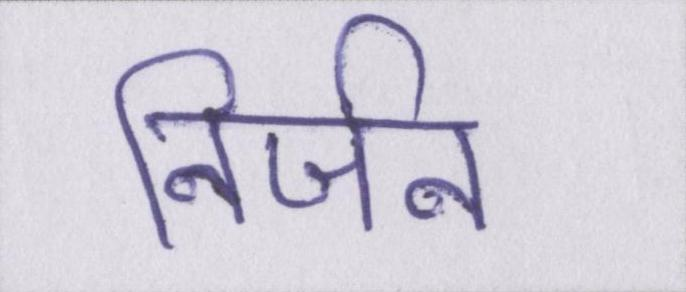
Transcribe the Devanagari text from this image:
निर्जन